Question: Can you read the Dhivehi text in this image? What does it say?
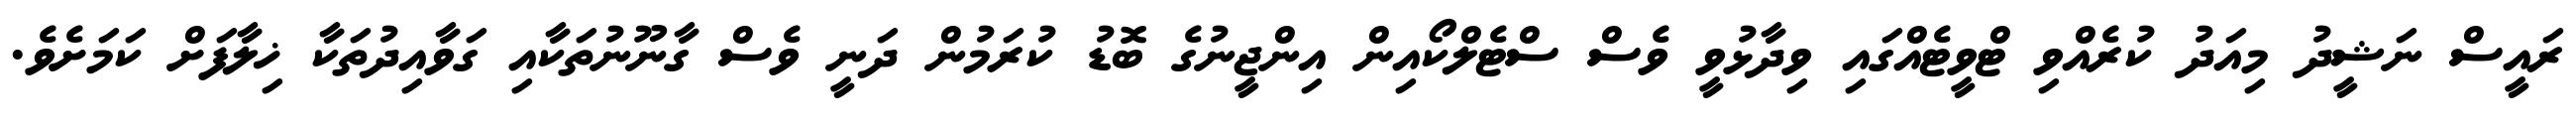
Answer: ރައީސް ނަޝީދު މިއަދު ކުރެއްވި ޓްވީޓެއްގައި ވިދާޅުވީ ވެސް ސްޓެލްކޯއިން އިންޖީނުގެ ބޮޑު ކުރަމުން ދަނީ ވެސް ގާނޫނުތަކާއި ގަވާއިދުތަކާ ޚިލާފަށް ކަމަށެވެ.